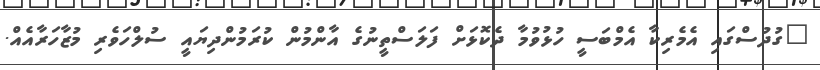
"ގުދުސްގައި އެމެރިކާ އެމްބަސީ ހުޅުވުމާ ދެކޮޅަށް ފަލަސްތީނުގެ އާންމުން ކުރަމުންދިޔައީ ސުލްހަވެރި މުޒާހަރާއެއް.